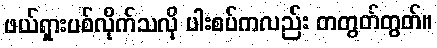
ဖယ်ရှားပစ်လိုက်သလို ပါးစပ်ကလည်း တတွတ်တွတ်။